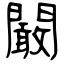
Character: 闞